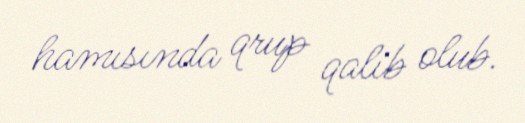
hamısında qrup qalib olub.